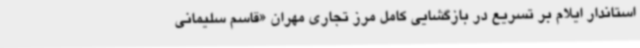
استاندار ایلام بر تسریع در بازگشایی کامل مرز تجاری مهران «قاسم سلیمانی